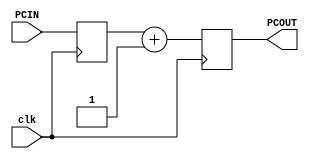
module PC_register(PCIN, PCOUT, clk);
input [29:0] PCIN = -1;
output reg [29:0] PCOUT;
input clk;
reg [29:0] PC;

initial PC = 0;
initial PCOUT = 0;

always@(posedge clk)begin
    PCOUT<=PC+1;
    PC<=PCIN;
end

endmodule